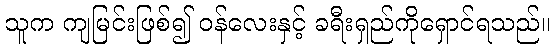
သူက ကျမြင်းဖြစ်၍ ဝန်လေးနှင့် ခရီးရှည်ကိုရှောင်ရသည်။